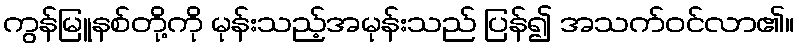
ကွန်မြူနစ်တို့ကို မုန်းသည့်အမုန်းသည် ပြန်၍ အသက်ဝင်လာ၏။